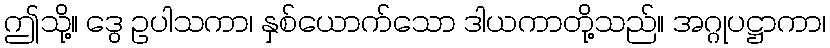
ဤသို့။ ဒွေ ဥပါသကာ၊ နှစ်ယောက်သော ဒါယကာတို့သည်။ အဂ္ဂုပဋ္ဌာကာ၊